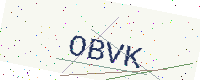
Text: OBVK